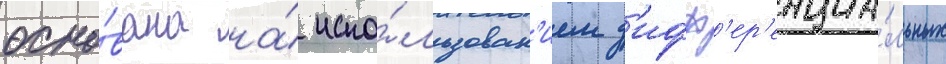
осно́вана на́ испо́льзован'ием д'ифф'ер'енциа́льных